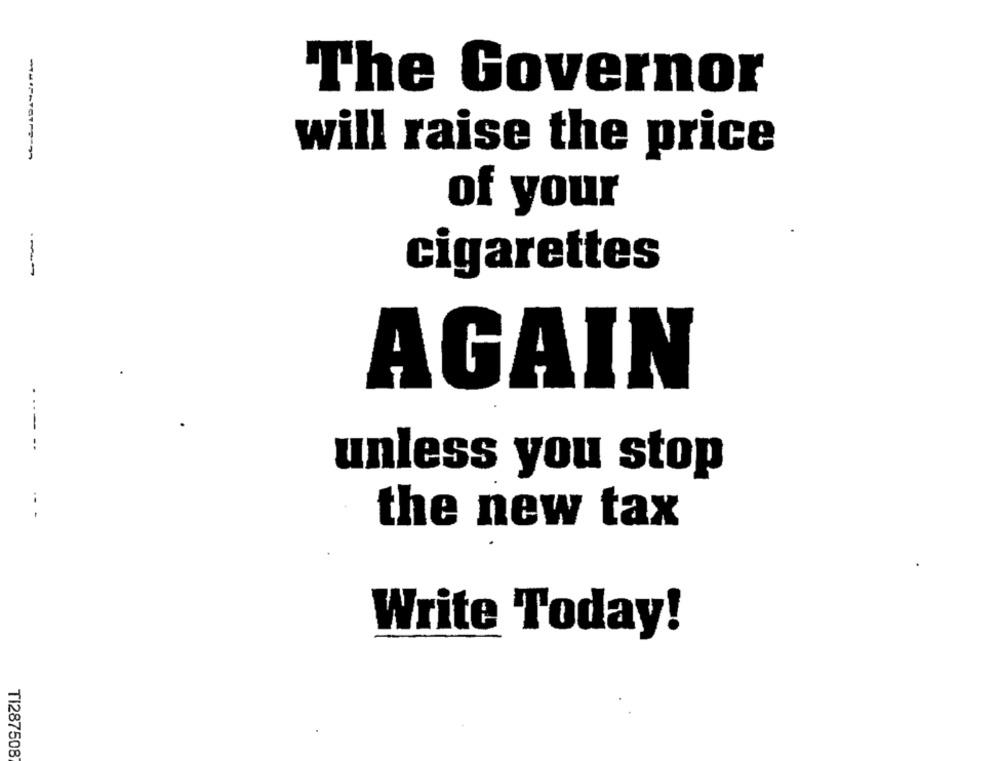
The Governor
will raise the price
of your
cigarettes
AGAIN
unless you stop
the new tax
Write Today!
TI287508